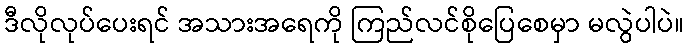
ဒီလိုလုပ်ပေးရင် အသားအရေကို ကြည်လင်စိုပြေစေမှာ မလွဲပါပဲ။